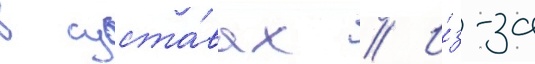
в суста́вах // И́з-за